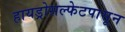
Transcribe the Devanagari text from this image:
हायड्रोसल्फेटपासून